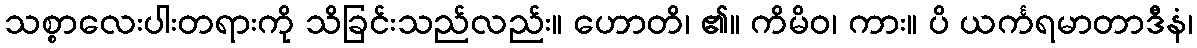
သစ္စာလေးပါးတရားကို သိခြင်းသည်လည်း။ ဟောတိ၊ ၏။ ကိမိဝ၊ ကား။ ပိ ယင်္ကရမာတာဒီနံ၊